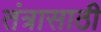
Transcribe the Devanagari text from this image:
तंत्रासाठी